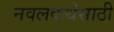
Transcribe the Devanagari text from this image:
नवलकथेसाठी